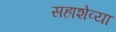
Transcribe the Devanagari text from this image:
सहाशेव्या